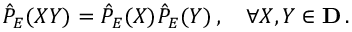
\hat { \cal P } _ { E } ( X Y ) = \hat { \cal P } _ { E } ( X ) \hat { \cal P } _ { E } ( Y ) \, , \quad \forall X , Y \in { \bf D } \, .